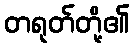
တရုတ်တို့၏